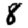
Digit: 8